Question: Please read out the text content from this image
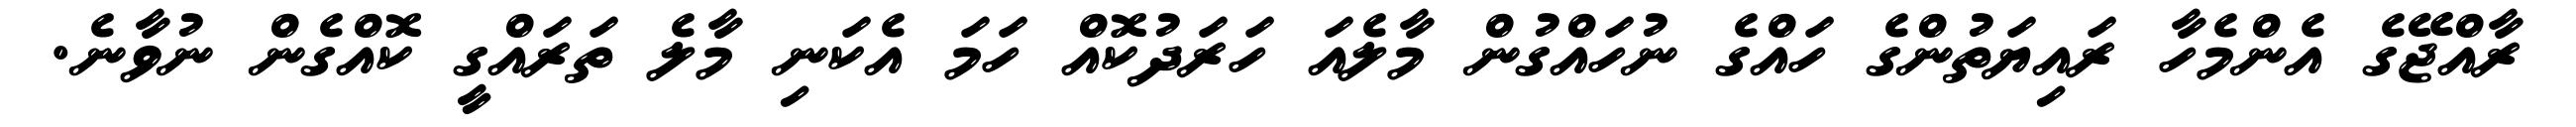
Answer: ރާއްޖޭގެ އެންމެހާ ރައިޔަތުންގެ ހައްގެ ނުހައްގުން މާލެއަ ހަރަދުކޮއް ހަމަ އެކަނި މާލެ ތަރައްގީ ކޮއްގެން ނުވާނެ.